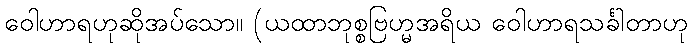
ဝေါဟာရဟုဆိုအပ်သော။ (ယထာဘုစ္စဗြဟ္မအရိယ ဝေါဟာရသင်္ခါတာဟု